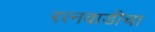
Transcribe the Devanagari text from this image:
रत्नवाडीचा